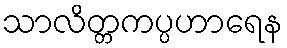
သာလိတ္တကပ္ပဟာရေန